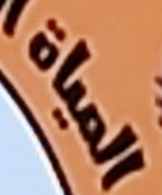
المياة